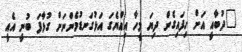
"ދުބާއީ އަށް ހިފައިގެން ދިޔަ މީހާ އިއްޔެގަ އަޅުގަނޑުމެންނަށް ގުޅާފަ ބުނީ އެއީ